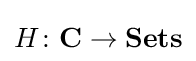
H\colon \mathbf {C} \to \mathbf {Sets}